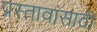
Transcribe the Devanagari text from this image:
प्रस्तावांसाठी